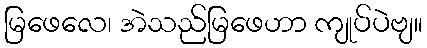
မြဖေလေ၊ အဲသည်မြဖေဟာ ကျုပ်ပဲဗျ။